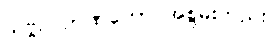
သဗ္ဗဉ် ဉာဏ်တော် အစွမ်းတည်း။